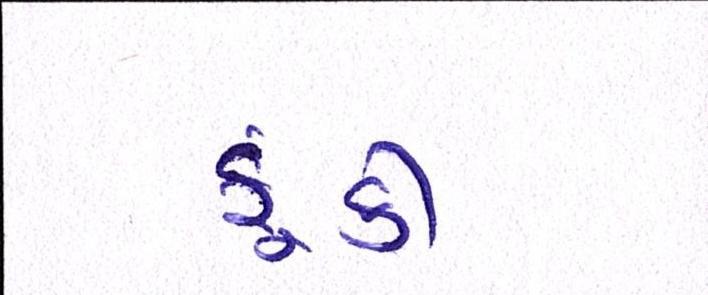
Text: ફૂંકી